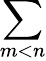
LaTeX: \sum_{m<n}